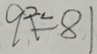
9 ^ { 2 . } = 8 1